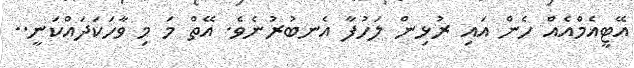
އޭޓީއެމްއެއް ހެން އައި ރުޅިން ލަހުފާ އެނބުރުނެވެ. އޭތް މަ މި ވާހަކަދައްކަނީ..